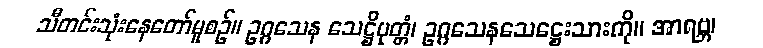
သီတင်းသုံးနေတော်မူစဉ်။ ဥဂ္ဂသေန သေဋ္ဌိပုတ္တံ၊ ဥဂ္ဂသေနသေဋ္ဌေးသားကို။ အာရဗ္ဘ၊